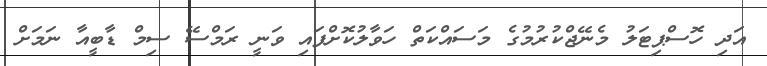
އަދި ހޮސްޕިޓަލު މެނޭޖްކުރުމުގެ މަސައްކަތް ހަވާލުކޮށްފައި ވަނީ ރަމްސޭ ސިމް ޑާބީއާ ނަމަށް